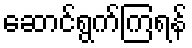
ဆောင်ရွက်ကြရန်